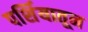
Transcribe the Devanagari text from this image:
पर्शियातून